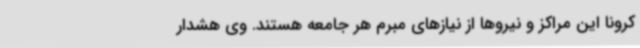
کرونا این مراکز و نیروها از نیازهای مبرم هر جامعه هستند. وی هشدار